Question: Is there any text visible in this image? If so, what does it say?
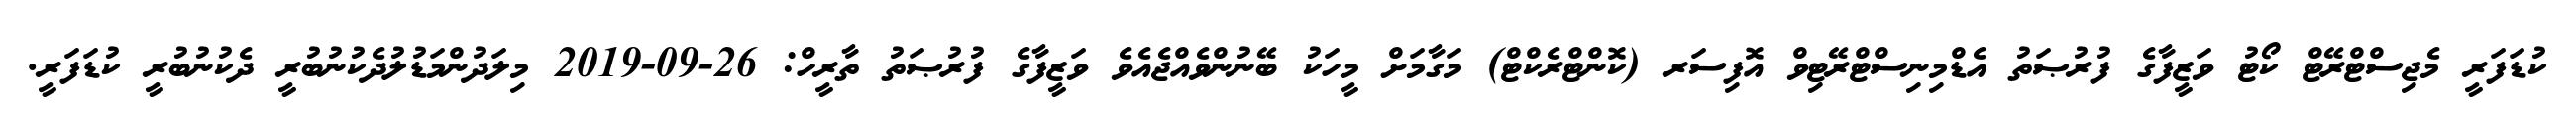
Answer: ކުޑަފަރީ މެޖިސްޓްރޭޓް ކޯޓު ވަޒީފާގެ ފުރުޞަތު އެޑްމިނިސްޓްރޭޓިވް އޮފިސަރ (ކޮންޓްރެކްޓް) މަގާމަށް މީހަކު ބޭނުންވެއްޖެއެވެ ވަޒީފާގެ ފުރުޞަތު ތާރީހް: 26-09-2019 މިލަދުންމަޑުލުދެކުނުބުރީ ދެކުނުބުރީ ކުޑަފަރީ.